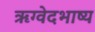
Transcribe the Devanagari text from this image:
ऋग्वेदभाष्य